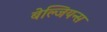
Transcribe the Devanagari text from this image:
बेल्जियन्स